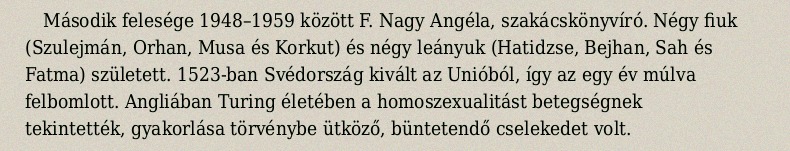
Második felesége 1948–1959 között F. Nagy Angéla, szakácskönyvíró. Négy fiuk (Szulejmán, Orhan, Musa és Korkut) és négy leányuk (Hatidzse, Bejhan, Sah és Fatma) született. 1523-ban Svédország kivált az Unióból, így az egy év múlva felbomlott. Angliában Turing életében a homoszexualitást betegségnek tekintették, gyakorlása törvénybe ütköző, büntetendő cselekedet volt.